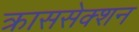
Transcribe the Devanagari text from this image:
क्राससेक्शन